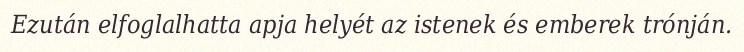
Ezután elfoglalhatta apja helyét az istenek és emberek trónján.